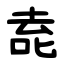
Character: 唟